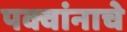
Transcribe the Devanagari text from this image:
पक्वांनाचे